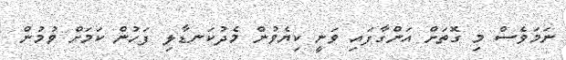
ނަމަވެސް މި ގޮތަށް އަންގާފައި ވަނީ ކިޔެވުން މެދުކަނޑާލި ފަހުން ކަމަށް ވުމުން